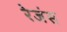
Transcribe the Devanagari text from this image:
रेजंस